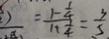
= \frac { 1 - \frac { 1 } { 4 } } { 1 + \frac { 1 } { 4 } } = \frac { 3 } { 5 }